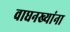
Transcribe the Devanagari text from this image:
वाघनख्यांना